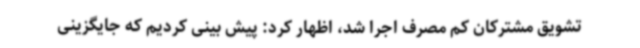
تشویق مشترکان کم مصرف اجرا شد، اظهار کرد: پیش بینی کردیم که جایگزینی